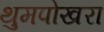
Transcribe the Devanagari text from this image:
थुमपोखरा